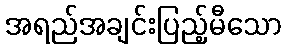
အရည်အချင်းပြည့်မီသော